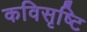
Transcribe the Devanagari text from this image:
कविसृष्टि